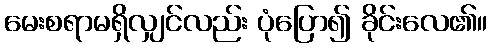
မေးစရာမရှိလျှင်လည်း ပုံပြော၍ ခိုင်းလေ၏။